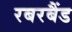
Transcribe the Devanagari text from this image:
रबरबैंड